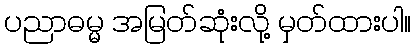
ပညာဓမ္မ အမြတ်ဆုံးလို့ မှတ်ထားပါ။